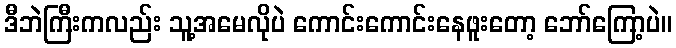
ဒီဘဲကြီးကလည်း သူ့အမေလိုပဲ ကောင်းကောင်းနေဖူးတော့ ဘော်ကြော့ပဲ။